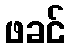
ဖခင်